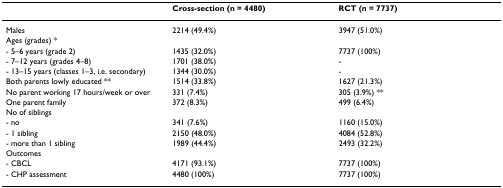
<table><thead><tr><td></td><td><b>Cross-section (n = 4480)</b></td><td><b>RCT (n = 7737)</b></td></tr></thead><tbody><tr><td>Males</td><td>2214 (49.4%)</td><td>3947 (51.0%)</td></tr><tr><td colspan="3">Ages (grades) *</td></tr><tr><td>- 5–6 years (grade 2)</td><td>1435 (32.0%)</td><td>7737 (100%)</td></tr><tr><td>- 7–12 years (grades 4–8)</td><td>1701 (38.0%)</td><td>-</td></tr><tr><td>- 13–15 years (classes 1–3, i.e. secondary)</td><td>1344 (30.0%)</td><td>-</td></tr><tr><td>Both parents lowly educated **</td><td>1514 (33.8%)</td><td>1627 (21.3%)</td></tr><tr><td>No parent working 17 hours/week or over</td><td>331 (7.4%)</td><td>305 (3.9%) **</td></tr><tr><td>One parent family</td><td>372 (8.3%)</td><td>499 (6.4%)</td></tr><tr><td colspan="3">No of siblings</td></tr><tr><td>- no</td><td>341 (7.6%)</td><td>1160 (15.0%)</td></tr><tr><td>- 1 sibling</td><td>2150 (48.0%)</td><td>4084 (52.8%)</td></tr><tr><td>- more than 1 sibling</td><td>1989 (44.4%)</td><td>2493 (32.2%)</td></tr><tr><td colspan="3">Outcomes</td></tr><tr><td>- CBCL</td><td>4171 (93.1%)</td><td>7737 (100%)</td></tr><tr><td>- CHP assessment</td><td>4480 (100%)</td><td>7737 (100%)</td></tr></tbody></table>